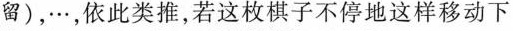
留)，…，依此类推，若这枚棋子不停地这样移动下